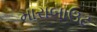
મારાબાઉટ